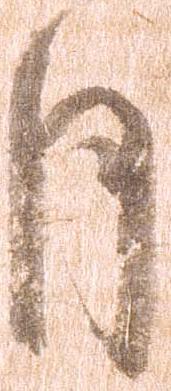
月